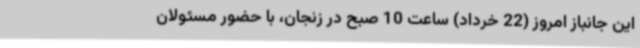
این جانباز امروز (22 خرداد) ساعت 10 صبح در زنجان، با حضور مسئولان